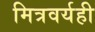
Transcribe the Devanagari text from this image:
मित्रवर्यही